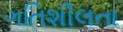
ગતિશીલતા